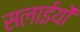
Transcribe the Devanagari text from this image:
सलाईयों